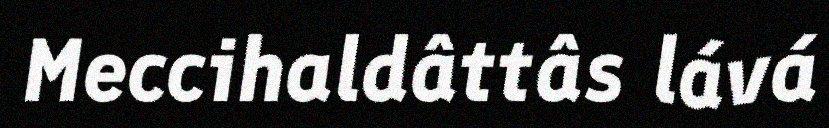
Meccihaldâttâs lává